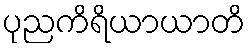
ပုညကိရိယာယာတိ